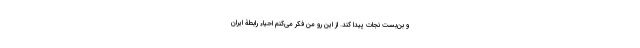
و بن‌بست نجات پیدا کند. از این رو من فکر می‌کنم احیاء رابطۀ ایران